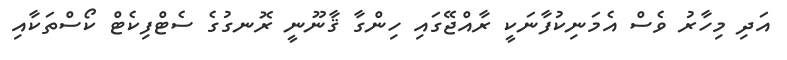
އަދި މިހާރު ވެސް އެމަނިކުފާނަކީ ރާއްޖޭގައި ހިންގާ ޤާނޫނީ ރޮނގުގެ ސެޓްފިކެޓް ކޯސްތަކާއި